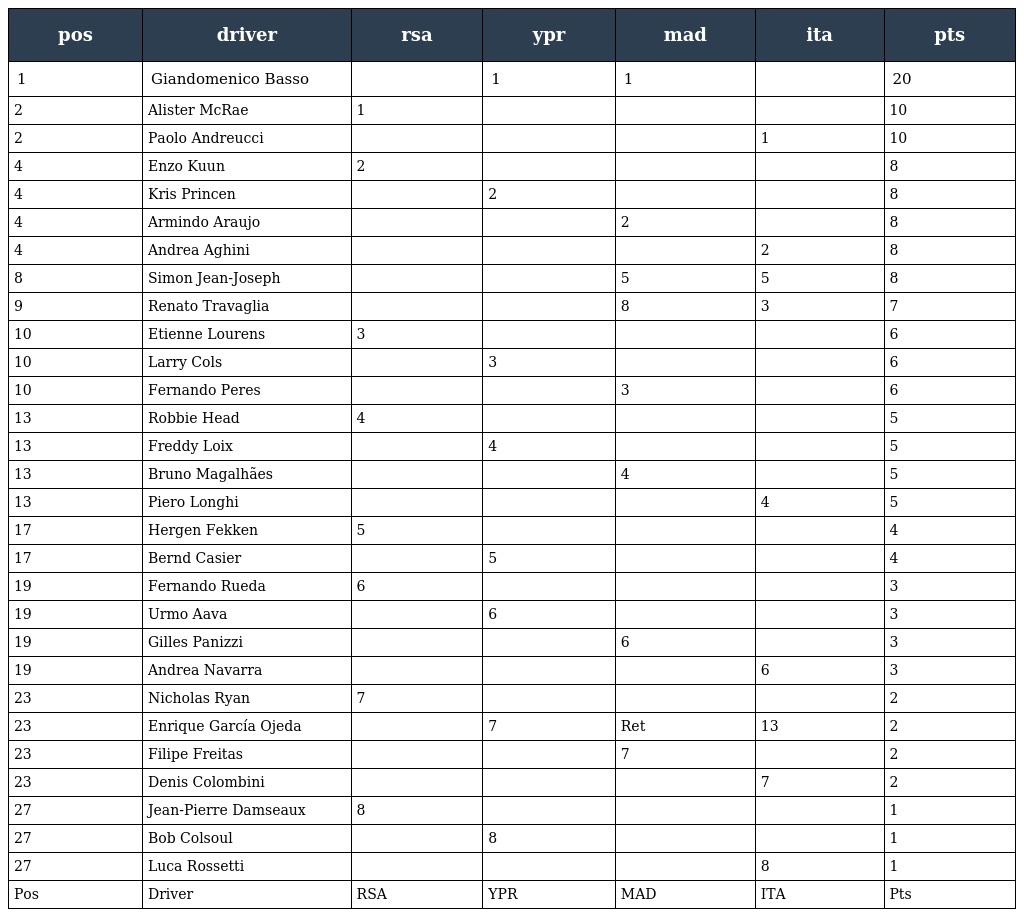
| pos | driver | rsa | ypr | mad | ita | pts |
 | --- | --- | --- | --- | --- | --- | --- |
 | 1 | Giandomenico Basso |  | 1 | 1 |  | 20 |
 | 2 | Alister McRae | 1 |  |  |  | 10 |
 | 2 | Paolo Andreucci |  |  |  | 1 | 10 |
 | 4 | Enzo Kuun | 2 |  |  |  | 8 |
 | 4 | Kris Princen |  | 2 |  |  | 8 |
 | 4 | Armindo Araujo |  |  | 2 |  | 8 |
 | 4 | Andrea Aghini |  |  |  | 2 | 8 |
 | 8 | Simon Jean-Joseph |  |  | 5 | 5 | 8 |
 | 9 | Renato Travaglia |  |  | 8 | 3 | 7 |
 | 10 | Etienne Lourens | 3 |  |  |  | 6 |
 | 10 | Larry Cols |  | 3 |  |  | 6 |
 | 10 | Fernando Peres |  |  | 3 |  | 6 |
 | 13 | Robbie Head | 4 |  |  |  | 5 |
 | 13 | Freddy Loix |  | 4 |  |  | 5 |
 | 13 | Bruno Magalhães |  |  | 4 |  | 5 |
 | 13 | Piero Longhi |  |  |  | 4 | 5 |
 | 17 | Hergen Fekken | 5 |  |  |  | 4 |
 | 17 | Bernd Casier |  | 5 |  |  | 4 |
 | 19 | Fernando Rueda | 6 |  |  |  | 3 |
 | 19 | Urmo Aava |  | 6 |  |  | 3 |
 | 19 | Gilles Panizzi |  |  | 6 |  | 3 |
 | 19 | Andrea Navarra |  |  |  | 6 | 3 |
 | 23 | Nicholas Ryan | 7 |  |  |  | 2 |
 | 23 | Enrique García Ojeda |  | 7 | Ret | 13 | 2 |
 | 23 | Filipe Freitas |  |  | 7 |  | 2 |
 | 23 | Denis Colombini |  |  |  | 7 | 2 |
 | 27 | Jean-Pierre Damseaux | 8 |  |  |  | 1 |
 | 27 | Bob Colsoul |  | 8 |  |  | 1 |
 | 27 | Luca Rossetti |  |  |  | 8 | 1 |
 | Pos | Driver | RSA | YPR | MAD | ITA | Pts |